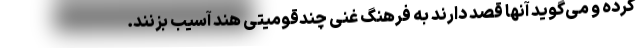
کرده و می‌گوید آنها قصد دارند به فرهنگ غنیِ چندقومیتی هند آسیب بزنند.